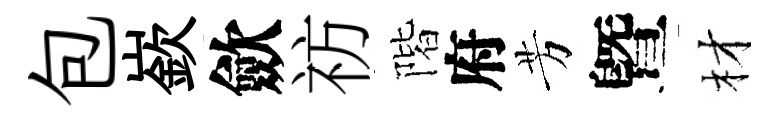
包嶔歛祊階府芳曁材